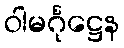
ဝါမင်္ဂုဋ္ဌေန